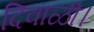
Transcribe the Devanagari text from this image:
दिवाळी।